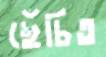
ছেঁচিত